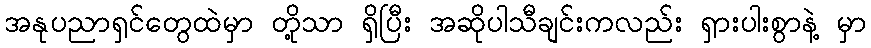
အနုပညာရှင်တွေထဲမှာ တို့သာ ရှိပြီး အဆိုပါသီချင်းကလည်း ရှားပါးစွာနဲ့ မှာ